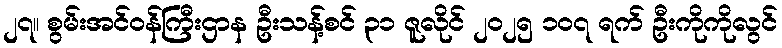
၂၇။ စွမ်းအင်ဝန်ကြီးဌာန ဦးသန့်စင် ၃၁ ဇူလိုင် ၂၀၂၅ ၁၀၇ ရက် ဦးကိုကိုလွင်